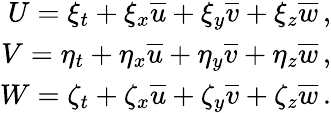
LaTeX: \begin{array}{r}{U=\xi_{t}+\xi_{x}\overline{{u}}+\xi_{y}\overline{{v}}+\xi_{z}\overline{{w}}\, \mathrm{,}}\\ {V=\eta_{t}+\eta_{x}\overline{{u}}+\eta_{y}\overline{{v}}+\eta_{z}\overline{{w}}\, \mathrm{,}}\\ {W=\zeta_{t}+\zeta_{x}\overline{{u}}+\zeta_{y}\overline{{v}}+\zeta_{z}\overline{{w}}\, \mathrm{.}}\end{array}